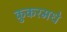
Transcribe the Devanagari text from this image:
कुकरमधे